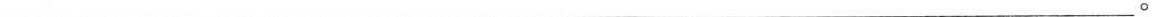
___。